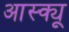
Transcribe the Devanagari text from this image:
आस्क्यू